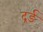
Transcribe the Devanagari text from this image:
द्रर्ड